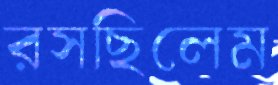
রসছিলেম